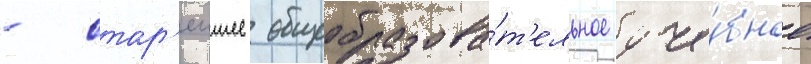
- стар'еишее общеобразова́т'ельное уче́бное